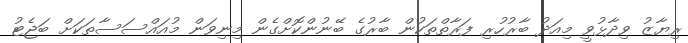
ރިޔާޒު ވިދާޅުވީ މިއަދު ބާރުހުރި ފަރާތްތަކުން ބާރުގެ ބޭނުންކޮށްގެން މިނިވަން މުއައްސަސާތަކަށް ބަޖެޓު